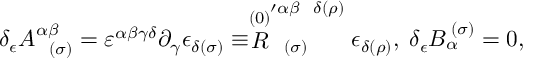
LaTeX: \delta _ { \epsilon } A _ { \; \; \; ( \sigma ) } ^ { \alpha \beta } = \varepsilon ^ { \alpha \beta \gamma \delta } \partial _ { \gamma } \epsilon _ { \delta ( \sigma ) } \equiv \stackrel { ( 0 ) } { R } _ { \; \; \; ( \sigma ) } ^ { \prime \alpha \beta \; \; \; \delta ( \rho ) } \epsilon _ { \delta ( \rho ) } , \; \delta _ { \epsilon } B _ { \alpha } ^ { \; ( \sigma ) } = 0 ,